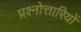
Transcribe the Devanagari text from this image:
प्रश्नोत्तारियों